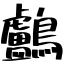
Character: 鸕